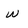
Character: w